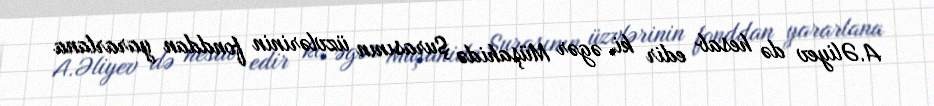
A.Əliyev də hesab edir ki, əgər Müşahidə Şurasının üzvlərinin fonddan yararlana